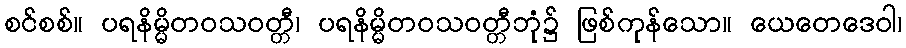
စင်စစ်။ ပရနိမ္မိတဝသဝတ္တီ၊ ပရနိမ္မိတဝသဝတ္တီဘုံ၌ ဖြစ်ကုန်သော။ ယေတေဒေဝါ၊